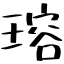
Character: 瑢